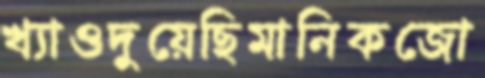
খ্যাওদুয়েছিমানিকজো